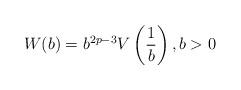
LaTeX: \begin{align*}W(b)=b^{2p-3}V\left( \dfrac{1}{b}\right) ,b>0 \end{align*}